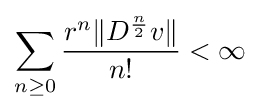
\sum _{n\geq 0}{r^{n}\|D^{n \over 2}v\| \over n!}<\infty